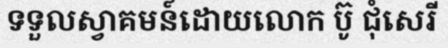
ទទួលស្វាគមន៍ដោយលោក ប៊ូ ជុំសេរី